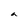
Character: a